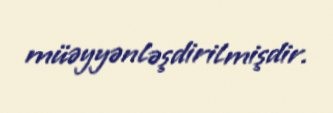
müəyyənləşdirilmişdir.